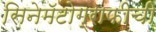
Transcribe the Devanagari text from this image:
सिनेमॅटोग्राफीची